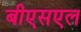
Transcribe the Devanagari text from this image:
बीएसएल